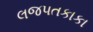
લજપતકાકા